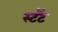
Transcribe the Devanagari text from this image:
स्टॅट